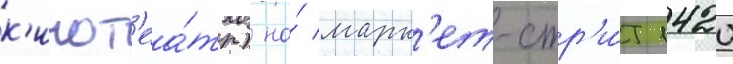
к'инот'еа́тр) на́ марк'ет-стр'и́т 1420